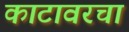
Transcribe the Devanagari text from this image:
काटावरचा